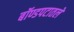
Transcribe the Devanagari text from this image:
बॉण्डपटातले